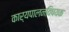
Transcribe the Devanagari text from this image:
कार्यपालनविषयक